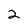
Character: 2